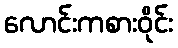
လောင်းကစားဝိုင်း